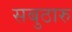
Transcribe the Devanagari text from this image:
सबुठारु